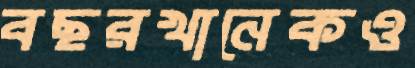
বছরখানেকও